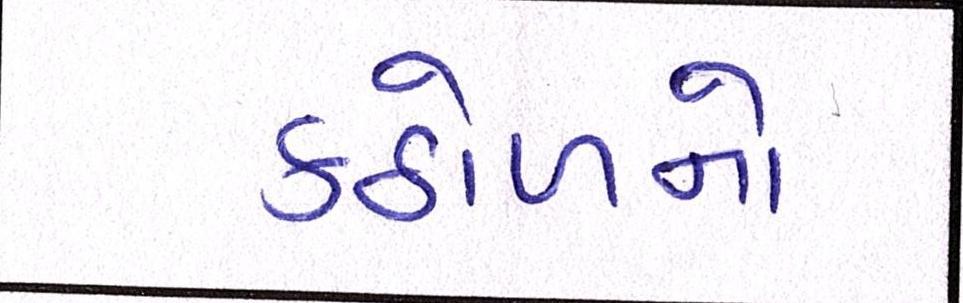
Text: કઠોળનો